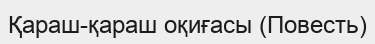
Қараш-қараш оқиғасы (Повесть)